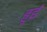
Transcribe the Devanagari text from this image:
हुर्इं